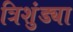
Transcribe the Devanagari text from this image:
त्रिशुंड्या